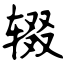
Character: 辍